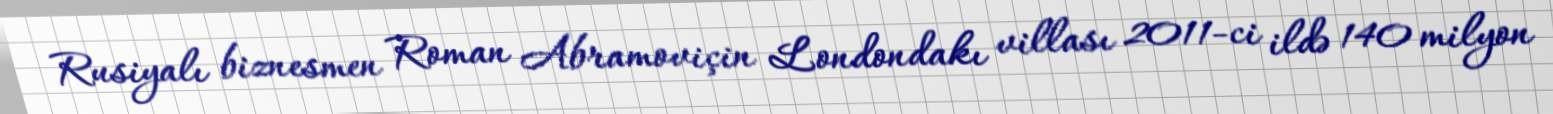
Rusiyalı biznesmen Roman Abramoviçin Londondakı villası 2011-ci ildə 140 milyon